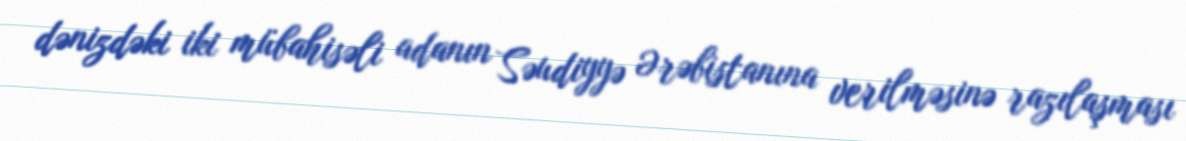
dənizdəki iki mübahisəli adanın Səudiyyə Ərəbistanına verilməsinə razılaşması